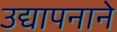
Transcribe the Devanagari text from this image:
उद्यापनाने